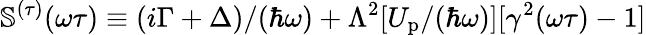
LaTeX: \mathbb{S}^{(\tau)}(\omega\tau)\equiv(i\Gamma+\Delta)/(\hbar\omega)+\Lambda^{2}[U_{\mathrm{p}}/(\hbar\omega)][\gamma^{2}(\omega\tau)-1]